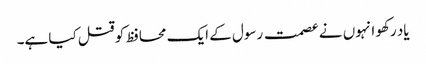
یاد رکھو انہوں نے عصمت رسول کے ایک محافظ کو قتل کیا ہے۔